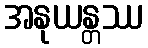
အနုယန္တဿ